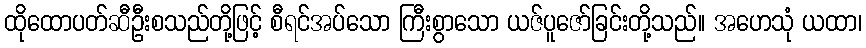
ထိုထောပတ်ဆီဦးစသည်တို့ဖြင့် စီရင်အပ်သော ကြီးစွာသော ယဇ်ပူဇော်ခြင်းတို့သည်။ အဟေသုံ ယထာ၊